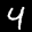
Label: 4